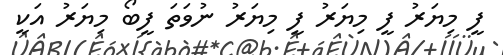
ފީ މިޔަރު ފީ މިޔަރު ފީ މިޔަރު ނުވަތަ ފީބޯ މިޔަރު އަކީ